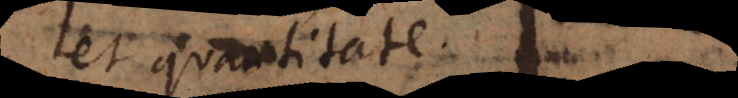
vel quantitatem